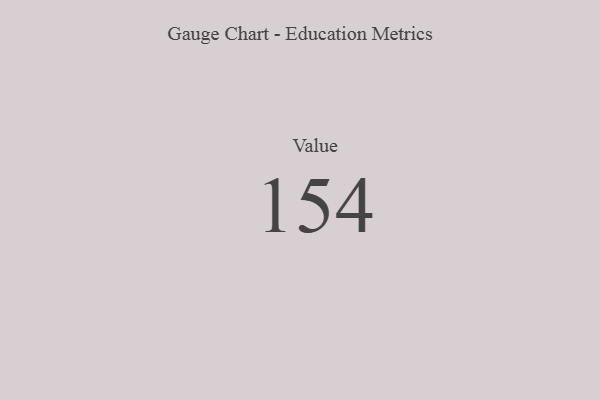
{"axis": {"x": "Metric", "y": "Value"}, "legend": [""], "data": [{"x": "Value", "y": 154, "type": ""}]}